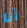
أنا